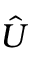
\hat { U }